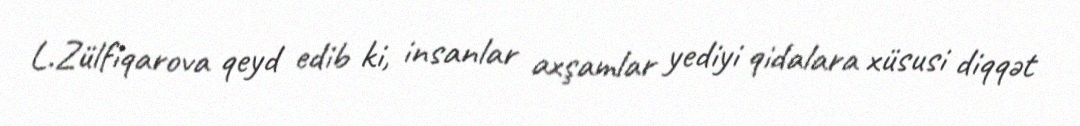
L.Zülfiqarova qeyd edib ki, insanlar axşamlar yediyi qidalara xüsusi diqqət